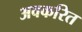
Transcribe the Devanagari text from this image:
अवकरित